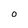
Character: O